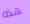
هذه